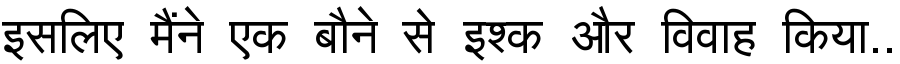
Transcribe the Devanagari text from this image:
इसलिए मैंने एक बौने से इश्क और विवाह किया..